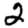
Digit: 2